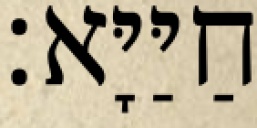
חַיַּיָּא׃